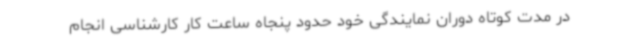
در مدت کوتاه دوران نمایندگی خود حدود پنجاه ساعت کار کارشناسی انجام